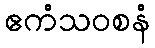
ဧကံသဝစနံ